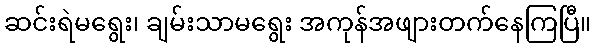
ဆင်းရဲမရွေး၊ ချမ်းသာမရွေး အကုန်အဖျားတက်နေကြပြီ။